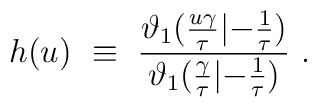
h(u) ~\equiv~ {\vartheta_1 ({u \gamma \over \tau} |{-{1 \over \tau}}) \over \vartheta_1 ({ \gamma \over \tau} |{-{1 \over \tau}}) } \ .